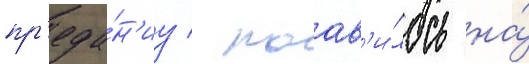
пр'еда́н'иу / поав'и́лось на́